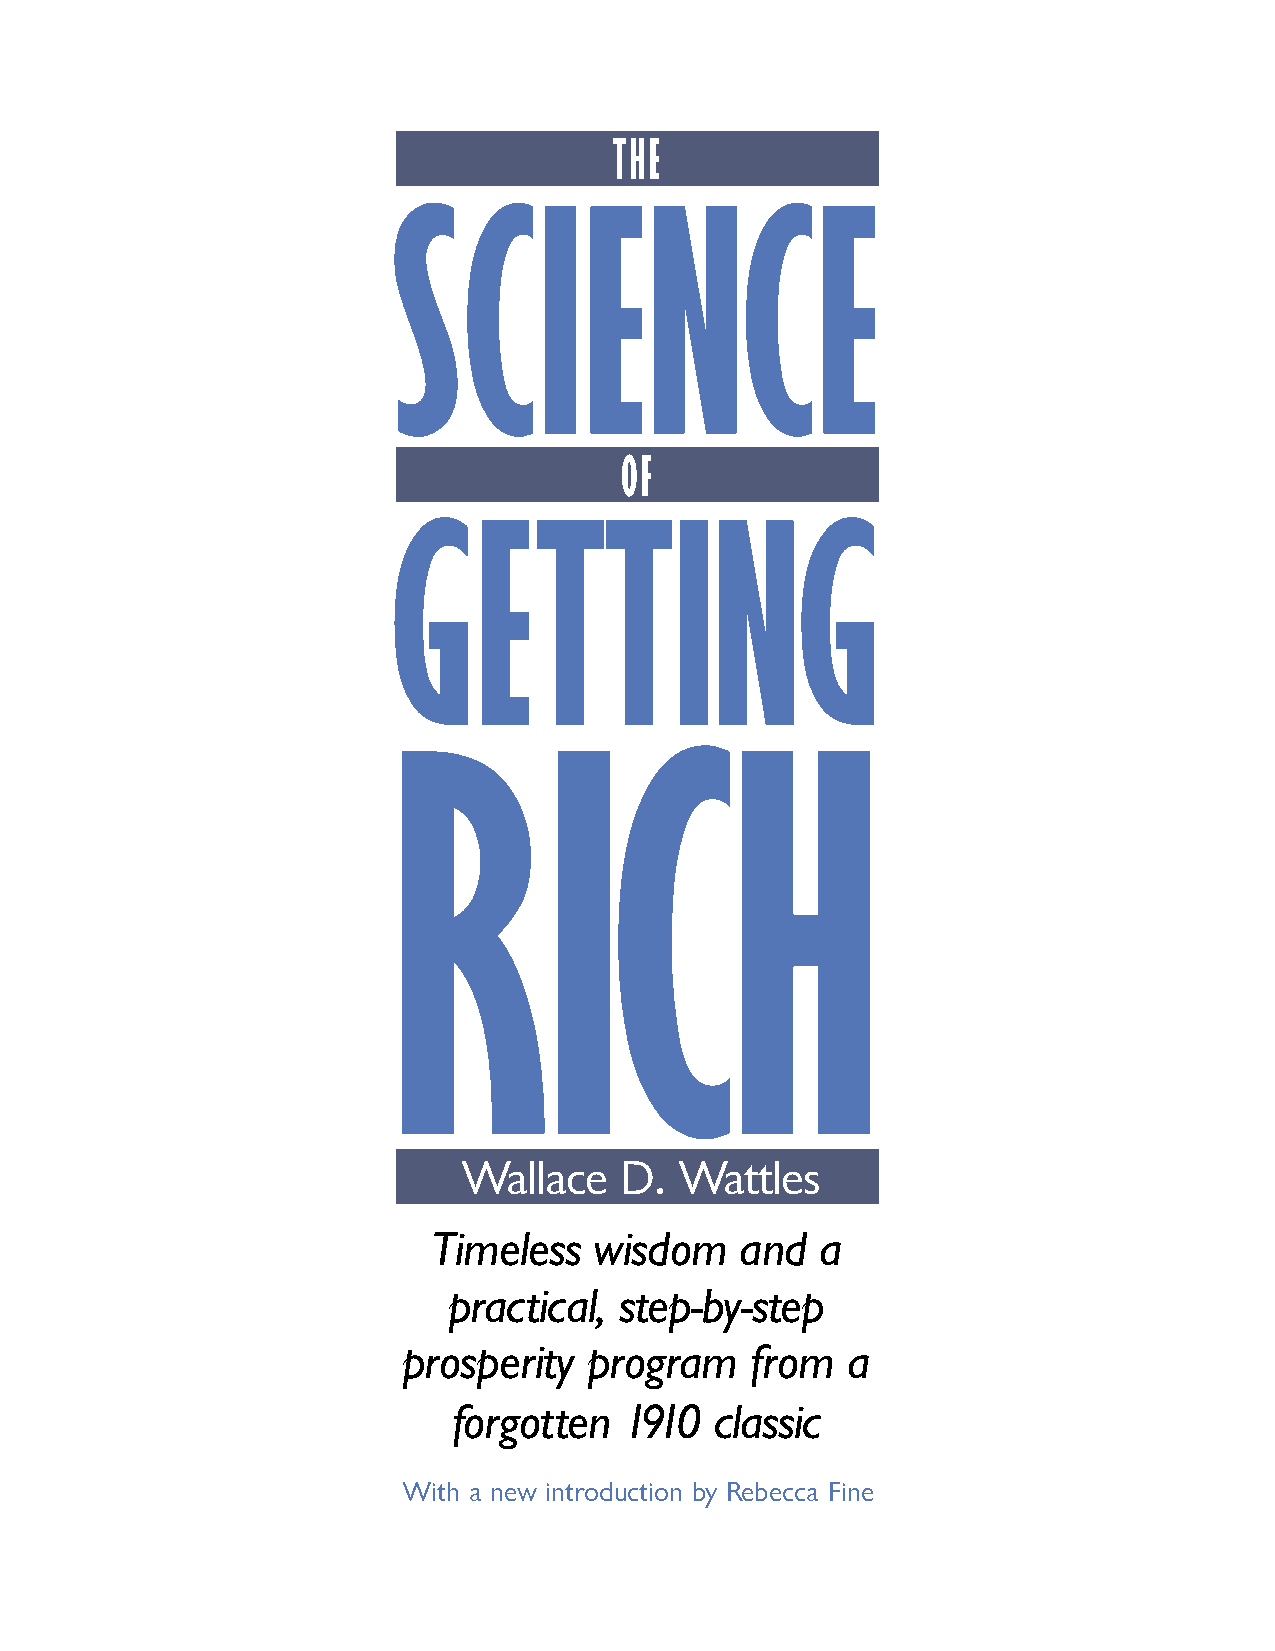
SCIENCE
 THE
 GETTING
 OF
 RICH
 Wallace   D.  Wattles
 Timeless  wisdom    and  a
 practical, step-by-step
 prosperity  program    from  a
 forgotten  1910  classic
 With a new introduction by Rebecca Fine